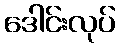
ဒေါင်းလုပ်